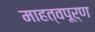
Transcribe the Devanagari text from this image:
माहत्वपूर्ण